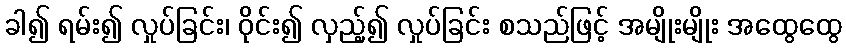
ခါ၍ ရမ်း၍ လှုပ်ခြင်း၊ ဝိုင်း၍ လှည့်၍ လှုပ်ခြင်း စသည်ဖြင့် အမျိုးမျိုး အထွေထွေ